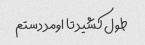
طول کشید تا اومد دستم